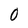
Character: 0